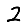
Digit: 2